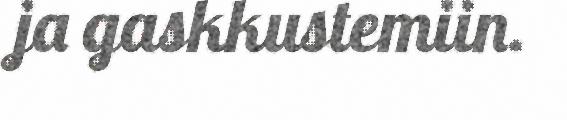
ja gaskkustemiin.